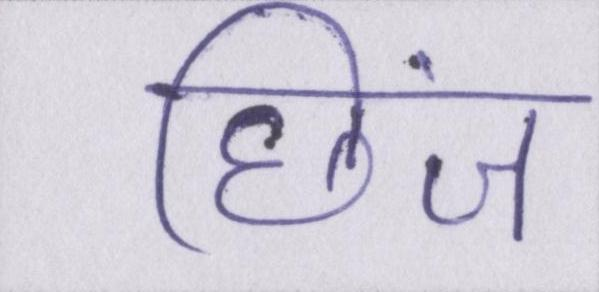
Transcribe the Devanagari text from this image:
छिंज